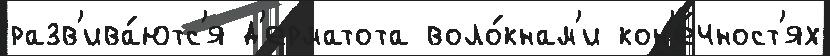
разв'ива́ютс'я д'ерматота воло́кнам'и кон'е́чност'ях